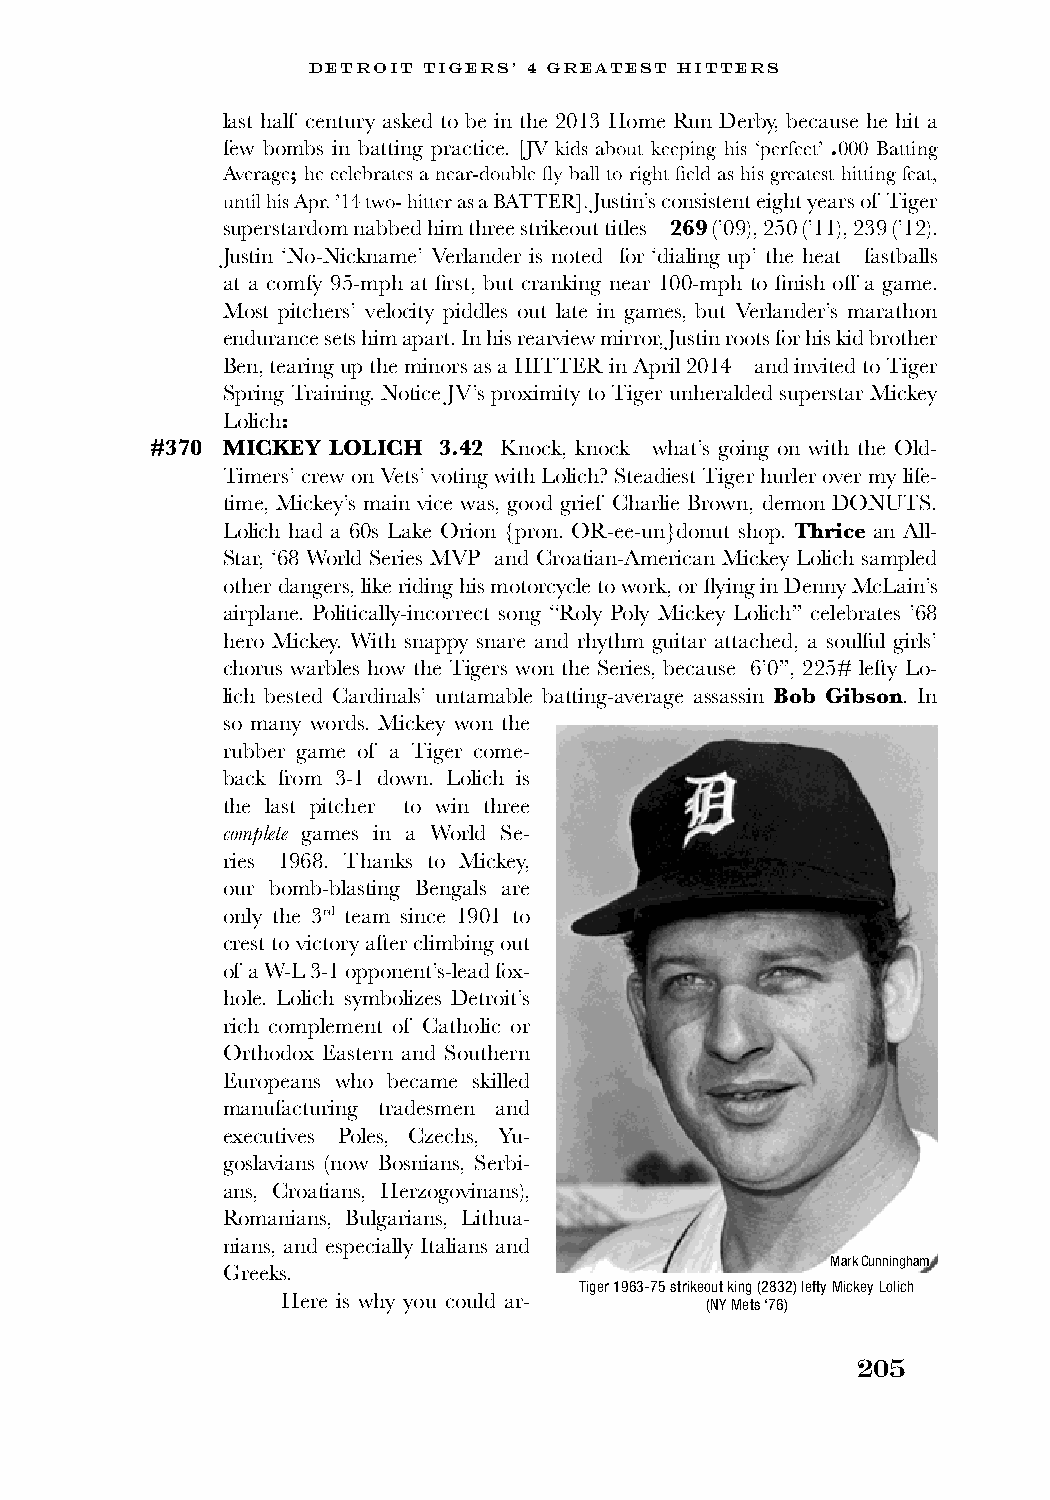
DETROIT TIGERS’ 4 GREATEST HITTERS
 last half century asked to be in the 2013 Home Run Derby, because he hit a
 few bombs in batting practice. [JV kids about keeping his ‘perfect’ .000 Batting
 Average; he celebrates a near-double fly ball to right field as his greatest hitting feat,
 until his Apr. ’14 two- hitter as a BATTER]. Justin’s consistent eight years of Tiger
 superstardom nabbed him three strikeout titles—269 (’09), 250 (’11), 239 (’12).
 Justin ‘No-Nickname’ Verlander is noted for ‘dialing up’ the heat—fastballs
 at a comfy 95-mph at first, but cranking near 100-mph to finish off a game.
 Most pitchers’ velocity piddles out late in games, but Verlander’s marathon
 endurance sets him apart. In his rearview mirror, Justin roots for his kid brother
 Ben, tearing up the minors as a HITTER in April 2014—and invited to Tiger
 Spring Training. Notice JV’s proximity to Tiger unheralded superstar Mickey
 Lolich:
 #370 MICKEY LOLICH 3.42 Knock, knock—what’s going on with the Old-
 Timers’ crew on Vets’ voting with Lolich? Steadiest Tiger hurler over my life-
 time, Mickey’s main vice was, good grief Charlie Brown, demon DONUTS.
 Lolich had a 60s Lake Orion {pron. OR-ee-un}donut shop. Thrice an All-
 Star, ‘68 World Series MVP and Croatian-American Mickey Lolich sampled
 other dangers, like riding his motorcycle to work, or flying in Denny McLain’s
 airplane. Politically-incorrect song “Roly Poly Mickey Lolich” celebrates ’68
 hero Mickey. With snappy snare and rhythm guitar attached, a soulful girls’
 chorus warbles how the Tigers won the Series, because 6’0”, 225# lefty Lo-
 lich bested Cardinals’ untamable batting-average assassin Bob Gibson. In
 so many words. Mickey won the
 rubber game of a Tiger come-
 back from 3-1 down. Lolich is
 the last pitcher to win three
 complete games in a World Se-
 ries—1968. Thanks to Mickey,
 our bomb-blasting Bengals are
 only the 3rd team since 1901 to
 crest to victory after climbing out
 of a W-L 3-1 opponent’s-lead fox-
 hole. Lolich symbolizes Detroit’s
 rich complement of Catholic or
 Orthodox Eastern and Southern
 Europeans who became skilled
 manufacturing tradesmen and
 executives—Poles, Czechs, Yu-
 goslavians (now Bosnians, Serbi-
 ans, Croatians, Herzogovinans),
 Romanians, Bulgarians, Lithua-
 nians, and especially Italians and
 Mark Cunningham
 Greeks.
 Tiger 1963-75 strikeout king (2832) lefty Mickey Lolich
 Here is why you could ar-   (NY Mets ‘76)
 205